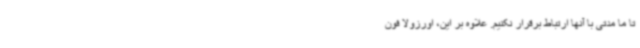
تا ما مدتی با آنها ارتباط برقرار نکنیم. علاوه بر این، اورزولا فون